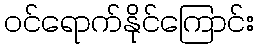
ဝင်ရောက်နိုင်ကြောင်း